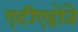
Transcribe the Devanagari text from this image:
एटीएहोते